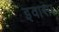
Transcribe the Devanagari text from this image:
इवासा